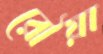
রৌয়া